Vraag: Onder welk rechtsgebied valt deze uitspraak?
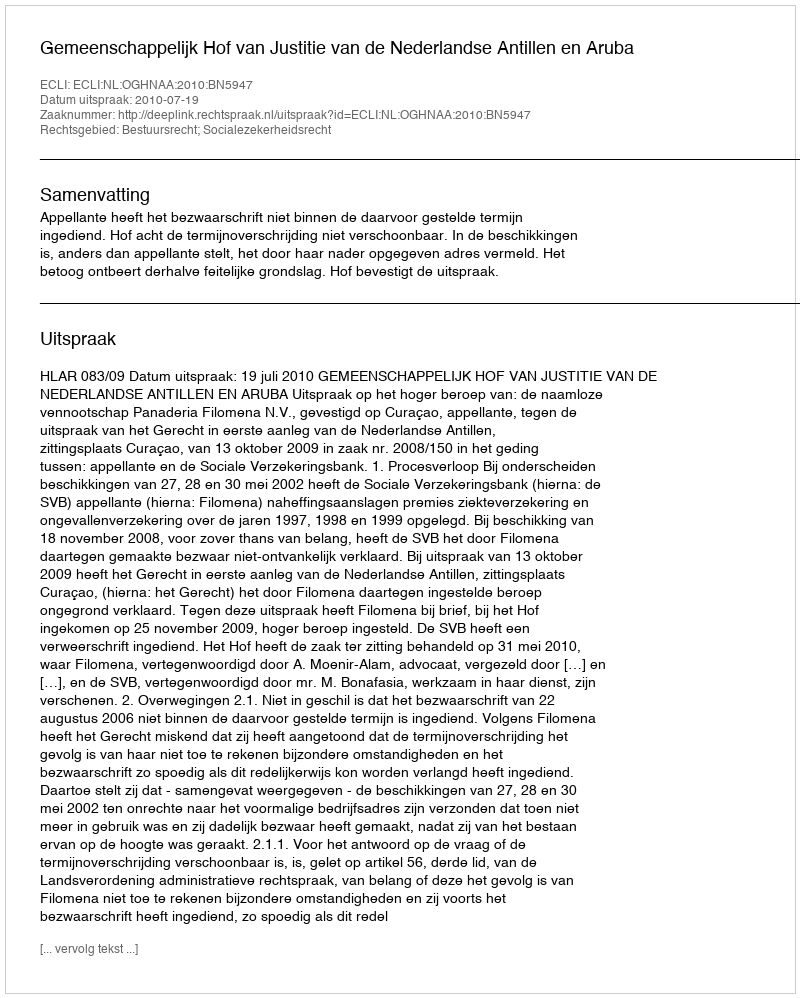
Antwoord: Bestuursrecht; Socialezekerheidsrecht